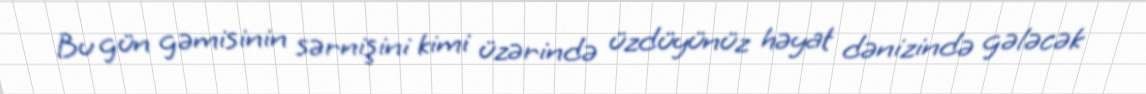
Bu gün gəmisinin sərnişini kimi üzərində üzdüyünüz həyat dənizində gələcək